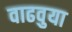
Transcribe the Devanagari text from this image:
वाढवुया